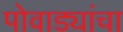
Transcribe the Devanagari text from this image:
पोवाड्यांचा